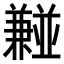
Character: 𫡂